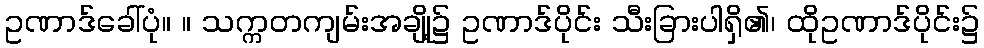
ဥဏာဒ်ခေါ်ပုံ။ ။ သက္ကတကျမ်းအချို့၌ ဥဏာဒ်ပိုင်း သီးခြားပါရှိ၏၊ ထိုဥဏာဒ်ပိုင်း၌